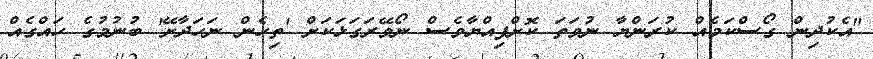
"އެކުދިން ގޯސްކަމެއް ކުރަންޔާ ނުވަތަ ކޮށްފިއްޔާވެސް ނޯވޭރަގަޅަކަށް 'ތިހެން ނަހަދާށޭ' ބުނުމުގެ ހައްގެއް